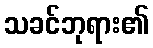
သခင်ဘုရား၏